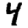
Digit: 4